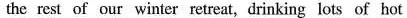
the rest of our winter retreat, drinking lots of hot